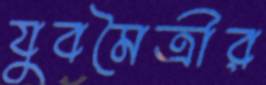
যুবমৈত্রীর